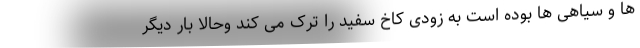
ها و سیاهی ها بوده است به زودی کاخ سفید را ترک می کند وحالا بار دیگر